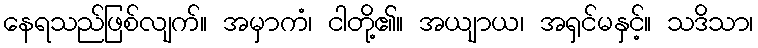
နေရသည်ဖြစ်လျက်။ အမှာကံ၊ ငါတို့၏။ အယျာယ၊ အရှင်မနှင့်။ သဒိသာ၊